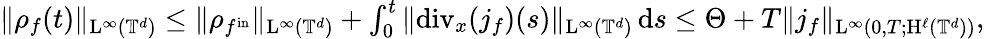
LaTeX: \begin{array}{r}{\Vert\rho_{f}(t)\Vert_{\mathrm{L}^{\infty}(\mathbb T^{d})}\leq\Vert\rho_{f^{\mathrm{in}}}\Vert_{\mathrm{L}^{\infty}(\mathbb T^{d})}+\int_{0}^{t}\Vert\mathrm{div}_{x}(j_{f})(s)\Vert_{\mathrm{L}^{\infty}(\mathbb T^{d})}\, \mathrm{d}s\leq\Theta+T\Vert j_{f}\Vert_{\mathrm{L}^{\infty}(0,T;\mathrm{H}^{\ell}(\mathbb T^{d}))},}\end{array}